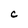
Character: C